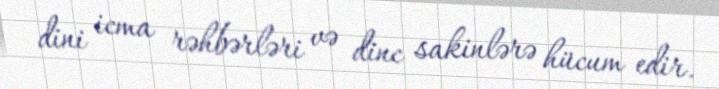
dini icma rəhbərləri və dinc sakinlərə hücum edir.